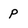
Character: P